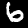
Digit: 6